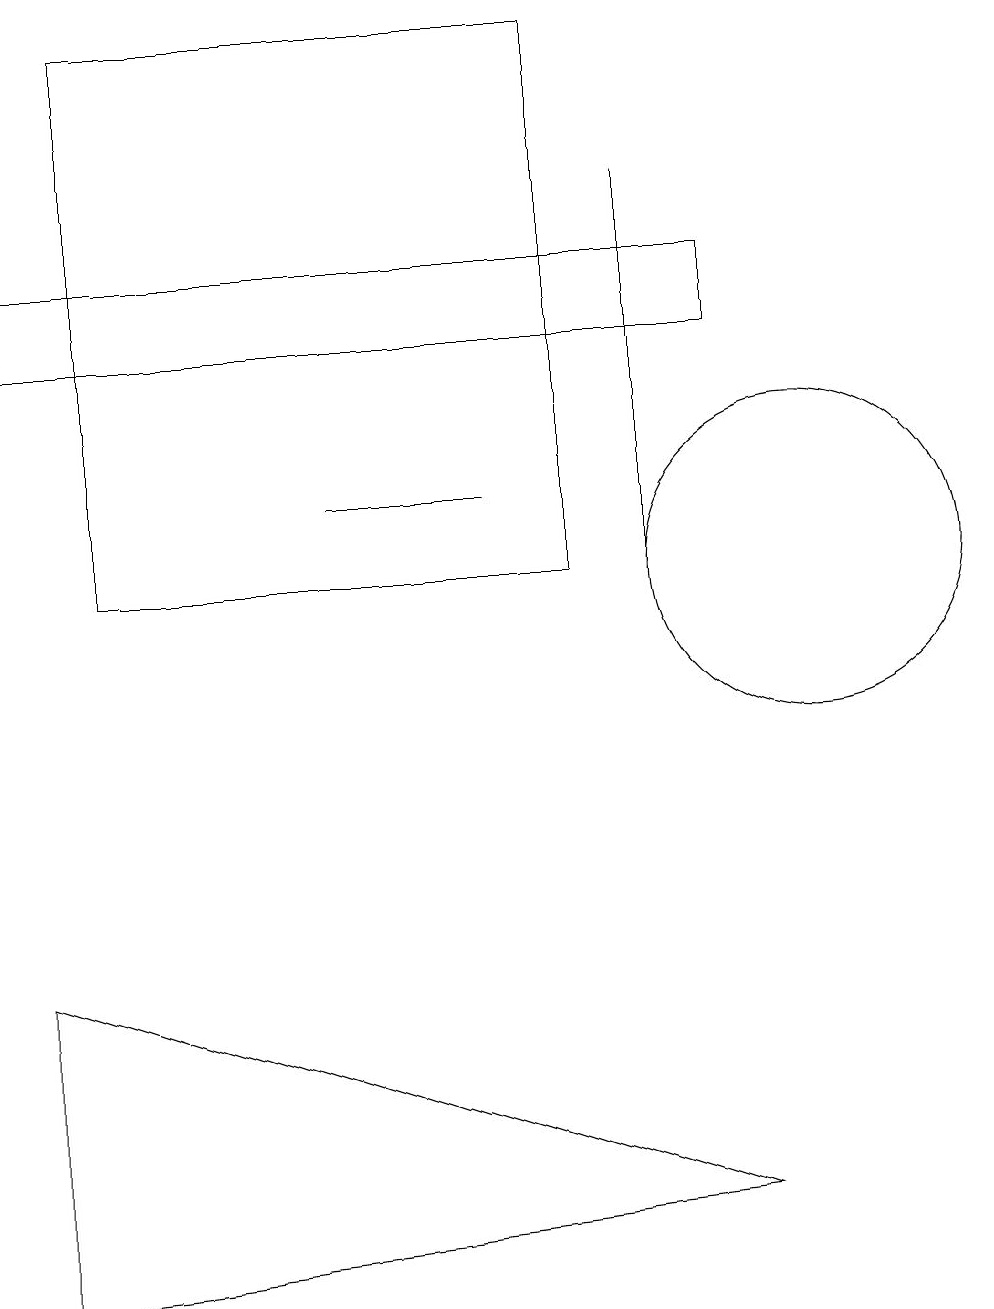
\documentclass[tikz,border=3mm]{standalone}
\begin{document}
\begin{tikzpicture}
\draw (0,13) rectangle (9,14);
\draw (8,10) rectangle (8,15);
\draw (0,5) -- (0,1) -- (9,2) -- cycle;
\draw (7,10) rectangle (1,17);
\draw (4,11) rectangle (6,11);
\draw (10,10) circle (2);
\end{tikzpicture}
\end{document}